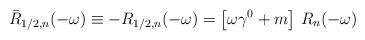
LaTeX: \begin{align*}\bar{R}_{1/2,n}(-\omega)\equiv-R_{1/2,n}(-\omega)= \left[\omega\gamma^0+m\right]\,R_n(-\omega)\end{align*}